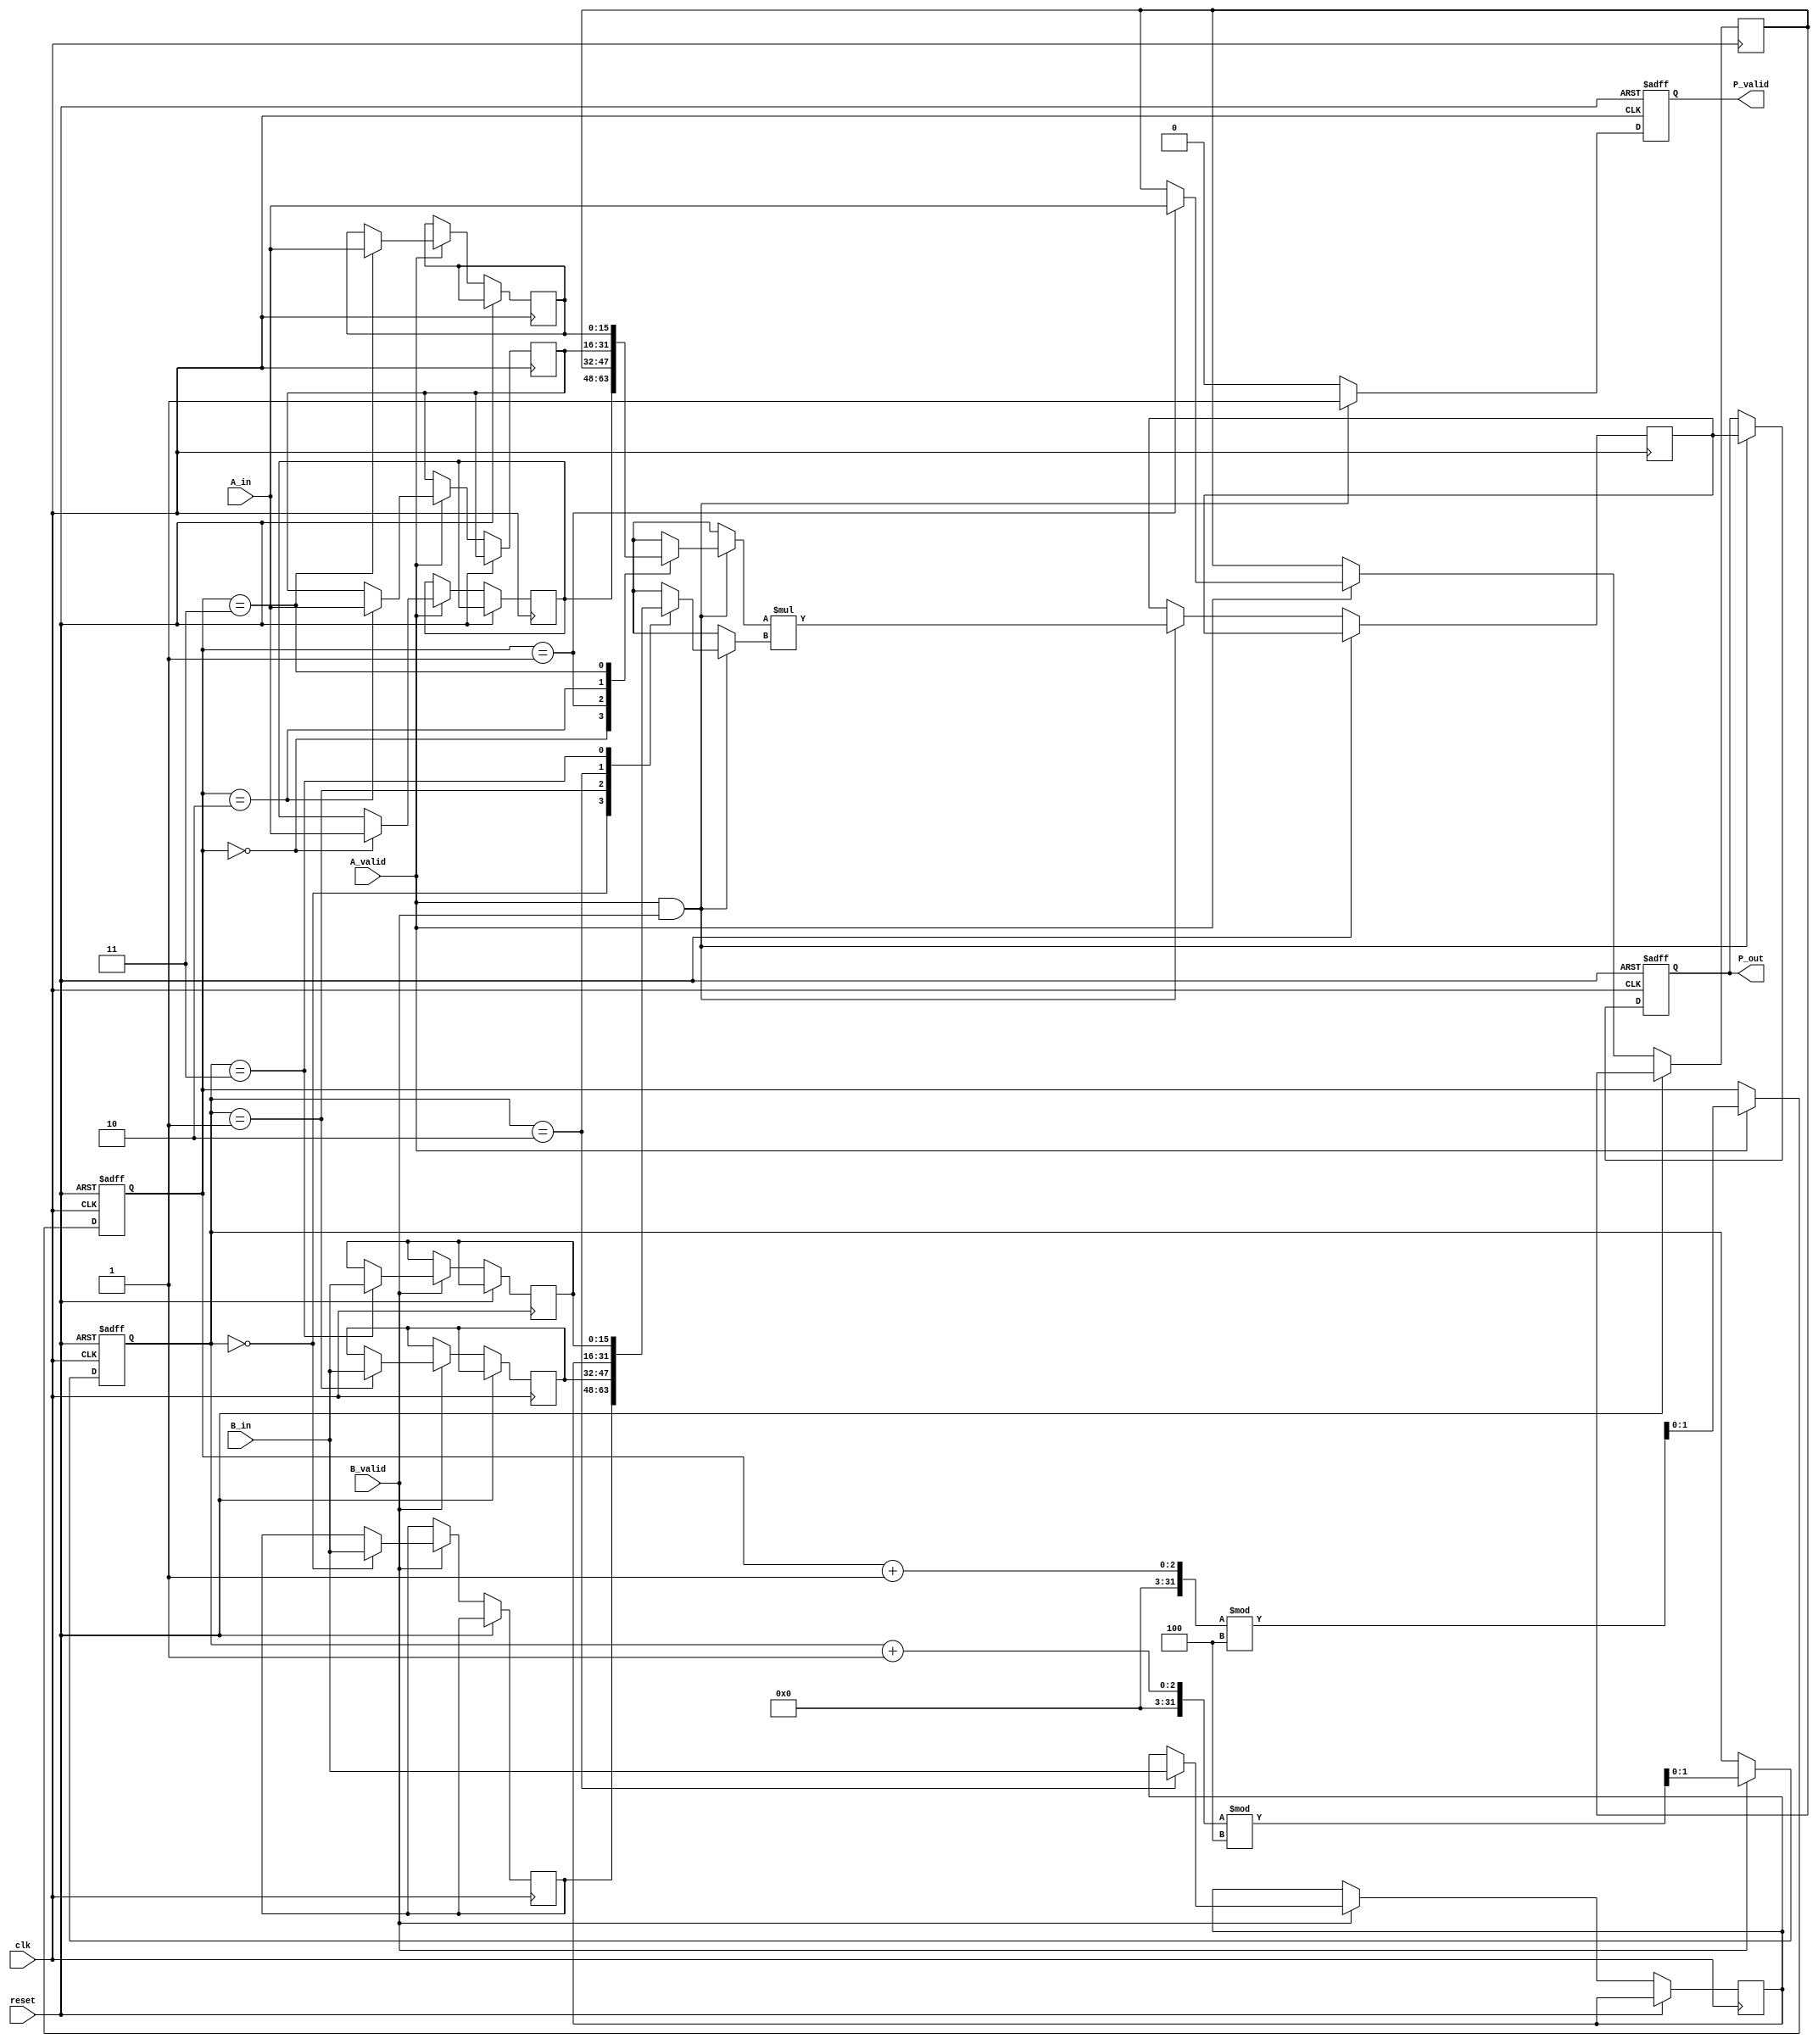
module streaming_multiplier #(
    parameter DATA_WIDTH = 16,  // Bit-width of input data
    parameter BUFFER_SIZE = 4    // Size of input/output buffers
)(
    input wire clk,              // Clock signal
    input wire reset,            // Reset signal
    input wire [DATA_WIDTH-1:0] A_in, // Input stream A
    input wire [DATA_WIDTH-1:0] B_in, // Input stream B
    input wire A_valid,          // Valid signal for input A
    input wire B_valid,          // Valid signal for input B
    output reg [2*DATA_WIDTH-1:0] P_out, // Output product
    output reg P_valid           // Valid signal for output product
);

    // Internal signals
    reg [DATA_WIDTH-1:0] A_buffer [0:BUFFER_SIZE-1]; // Input buffer for A
    reg [DATA_WIDTH-1:0] B_buffer [0:BUFFER_SIZE-1]; // Input buffer for B
    reg [1:0] A_ptr, B_ptr; // Pointers for the input buffers
    reg [2*DATA_WIDTH-1:0] product; // Product of A and B

    // Control logic
    always @(posedge clk or posedge reset) begin
        if (reset) begin
            A_ptr <= 0;
            B_ptr <= 0;
            P_out <= 0;
            P_valid <= 0;
        end else begin
            // Buffering input data
            if (A_valid) begin
                A_buffer[A_ptr] <= A_in;
                A_ptr <= (A_ptr + 1) % BUFFER_SIZE;
            end
            if (B_valid) begin
                B_buffer[B_ptr] <= B_in;
                B_ptr <= (B_ptr + 1) % BUFFER_SIZE;
            end

            // Perform multiplication when both inputs are valid
            if (A_valid && B_valid) begin
                product <= A_buffer[A_ptr] * B_buffer[B_ptr];
                P_out <= product;
                P_valid <= 1; // Indicate that output is valid
            end else begin
                P_valid <= 0; // Output is not valid if inputs are not valid
            end
        end
    end

endmodule